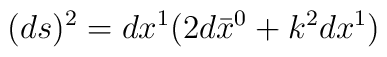
(ds)^{2}=dx^{1}(2d\bar{x}^{0}+k^{2}dx^{1})